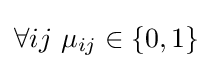
{\textstyle \forall ij~\mu _{ij}\in \lbrace 0,1\rbrace }